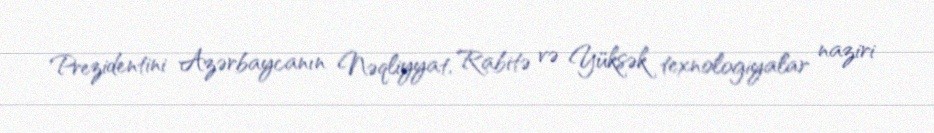
Prezidentini Azərbaycanın Nəqliyyat, Rabitə və Yüksək texnologiyalar naziri